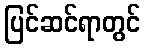
ပြင်ဆင်ရာတွင်